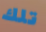
تلك